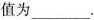
值为___.